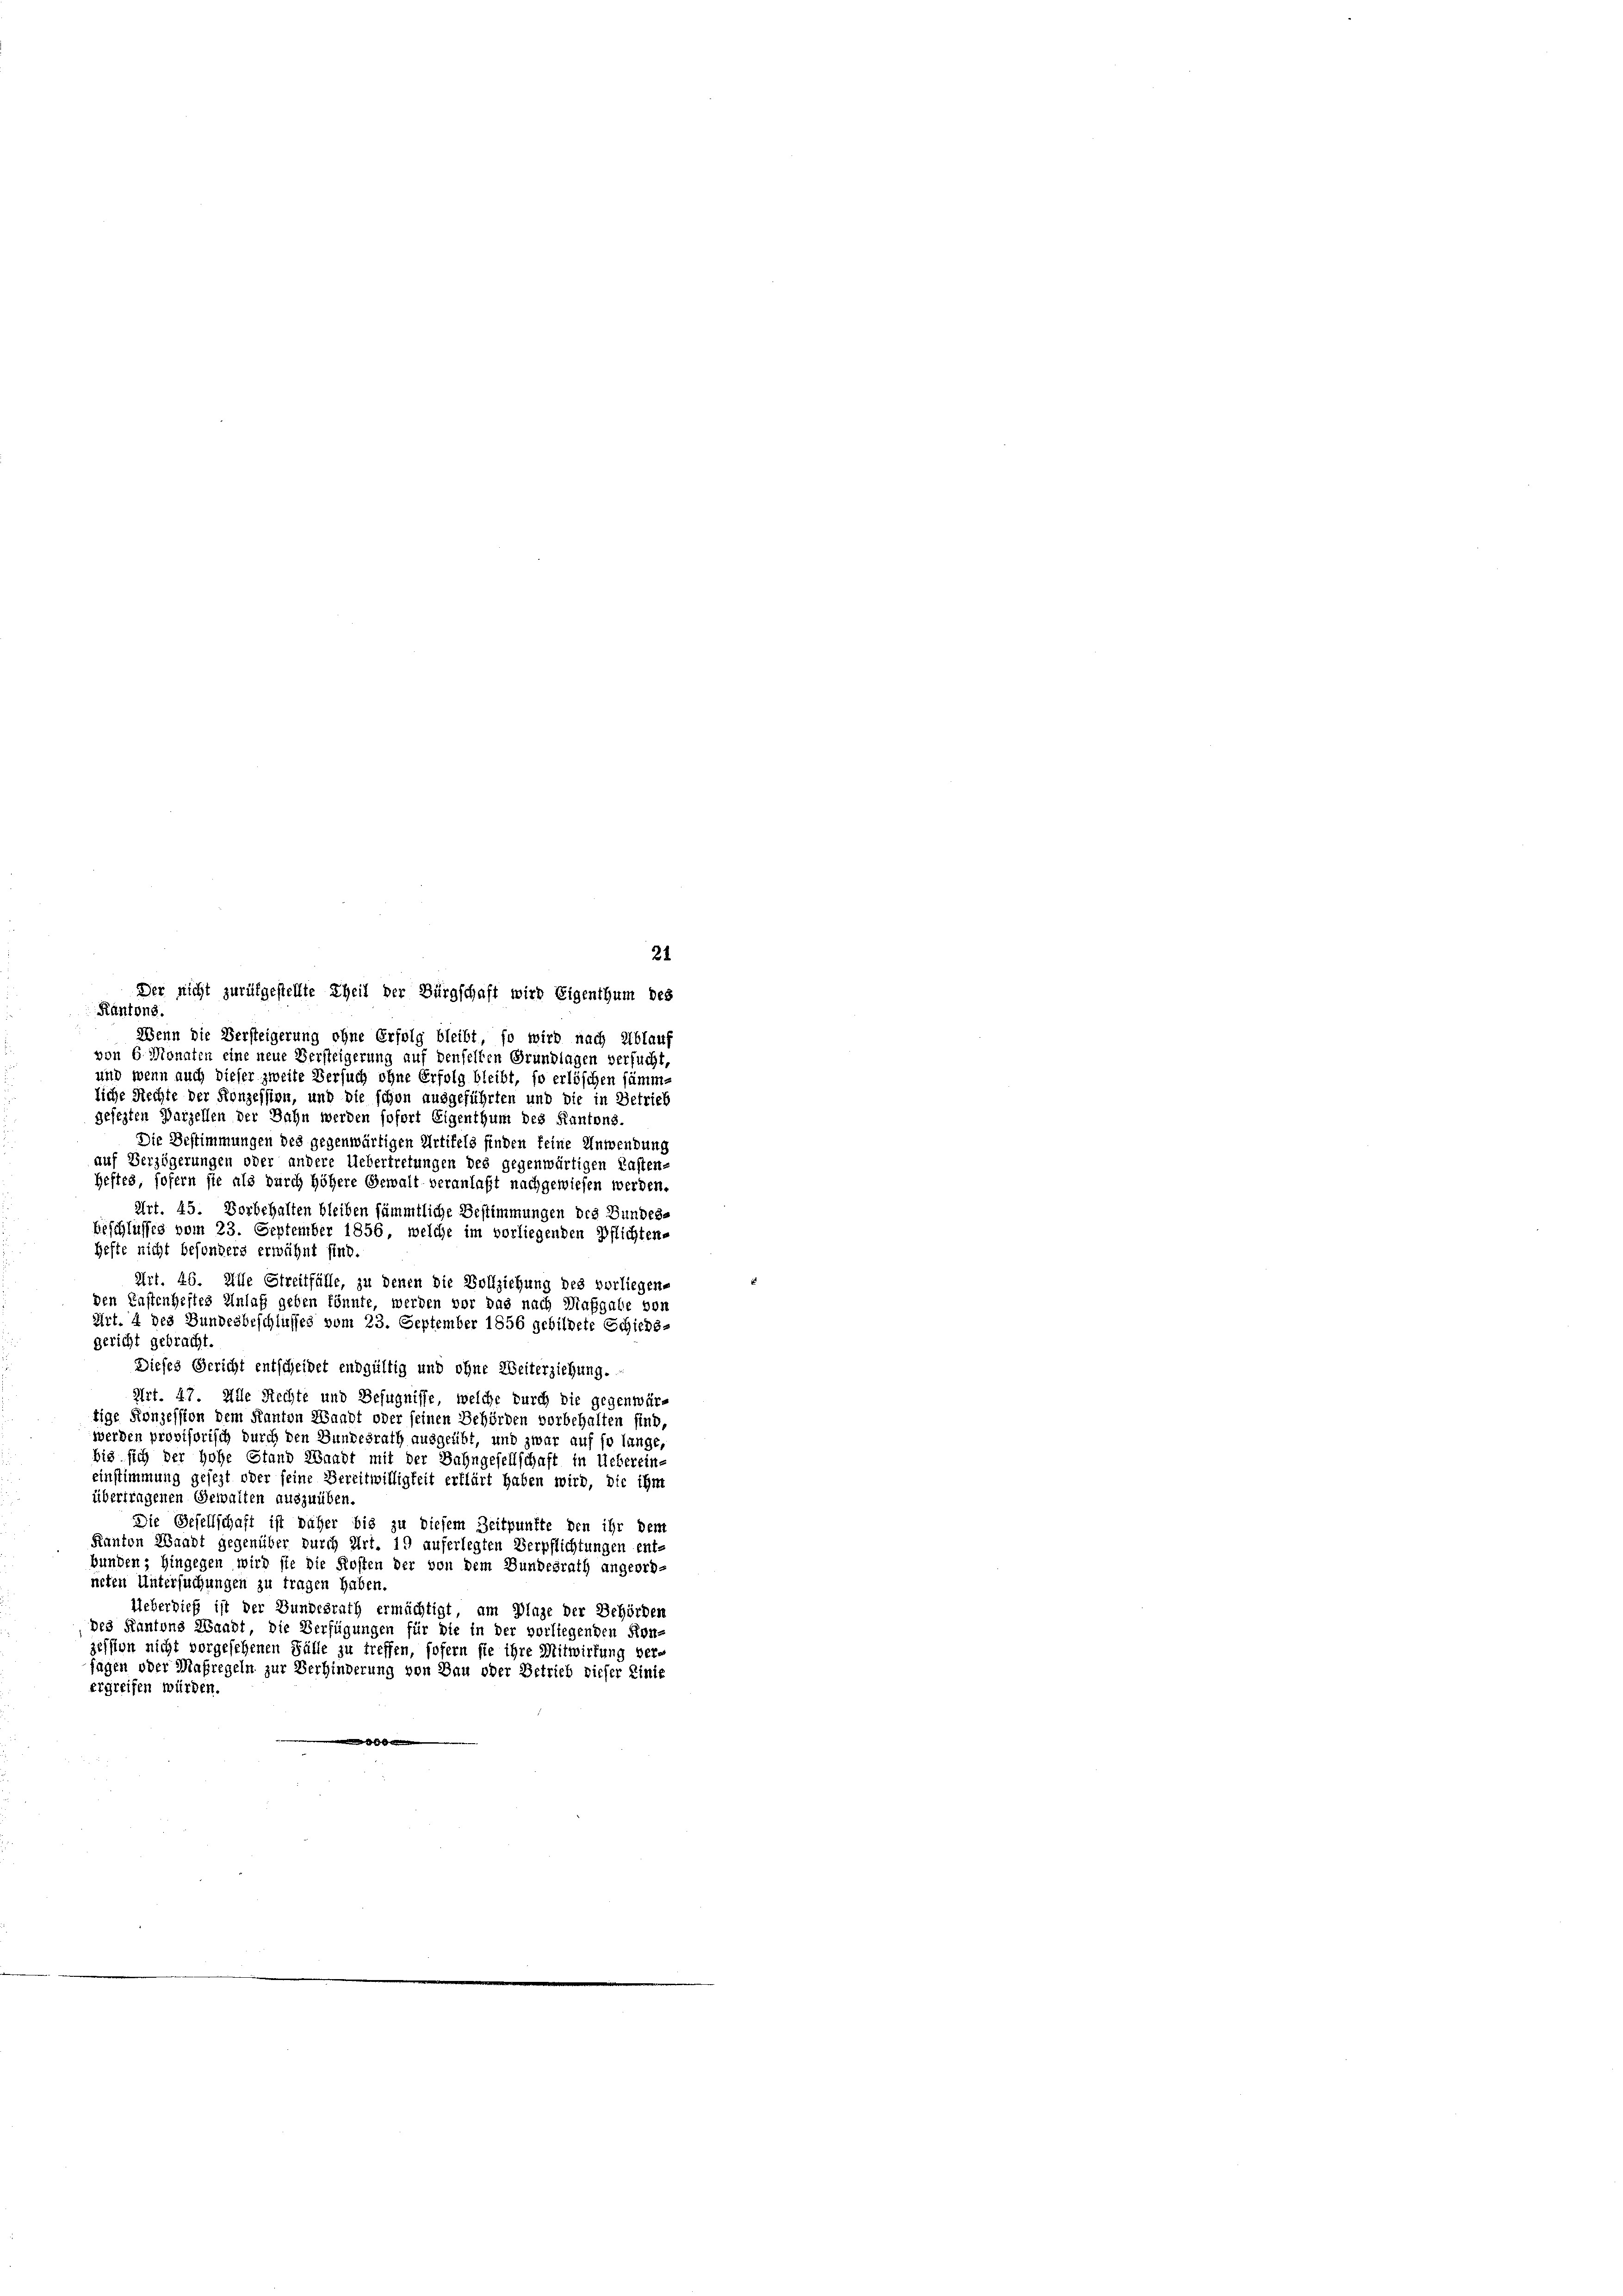
Der nicht zurükgestellte Theil der Bürgschaft wird Eigenthum des
Kantons.
Wenn die Versteigerung ohne Erfolg bleibt, so wird nach Ablauf
von 6 Monaten eine neue Versteigerung auf denselben Grundlagen versucht
und wenn auch dieser zweite Versuch ohne Erfolg bleibt, so erlöschen sämmliche Rechte der Konzession, und die schon ausgeführten und die in Betrieb
gesezten Parzellen der Bahn werden sofort Eigenthum des Kantons.
Die Bestimmungen des gegenwärtigen Artikels finden feine Anwendung
auf Verzögerungen oder andere Uebertretungen des gegenwärtigen Kasten-
Heftes, sofern sie als durch höhere Gewalt veranlaßt nachgewiesen werden.
Art. 45. Vorbehalten bleiben sämmtliche Bestimmungen des Bundes-
beschlusses vom 23. September 1856, welche im vorliegenden Pflichten-
Hefte nicht besonders erwähnt sind.
Art. 46. Alle Streitfälle, zu denen die Vollziehung des vorliegen-
den Kastenheftes Anlaß geben könnte, werden vor das nach Maßgabe von
Art. 4 des Bundesbeschlusses vom 23. September 1856 gebildete Schieds-
gericht gebracht.
Dieses Gericht entscheidet endgültig und ohne Weiterziehung.
Art. 47. Alle Rechte und Befugnisse, welche durch die gegenwärtige Konzession dem Kanton Waadt oder seinen Behörden vorbehalten sind,
werden provisorisch durch den Bundesrath ausgeübt, und zwar auf so lange,
bis sich der hohe Stand Waadt mit der Bahngesellschaft in Uebereine
einstimmung gesezt oder seine Bereitwilligkeit erklärt haben wird, die ihm
übertragenen Gewalten auszuüben.
Die Gesellschaft ist näher bis zu diesem Zeitpunkte den ihr dem
Kanton Waadt gegenüber durch Art. 19 auferlegten Verpflichtungen ent-
bunden; hingegen wird sie die Kosten der von dem Bundesrath angeordneten Untersuchungen zu tragen haben.
Ueberdieß ist der Bundesrath ermächtigt, am Plage der Behörden
Des Kantons Waadt, die Verfügungen für die in der vorliegenden Kon-
zession nicht vorgesehenen Fülle zu treffen, sofern sie ihre Mitwirtung ver-
fagen oder Maßregeln zur
erhinde
ung von Bau oder Betrieb dieser Linie
Ergreifen würden.
d

21